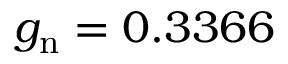
g _ { \mathrm { n } } = 0 . 3 3 6 6